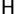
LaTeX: _\mathsf{H}